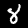
Label: 8